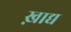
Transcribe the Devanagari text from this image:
ख़ाद्य